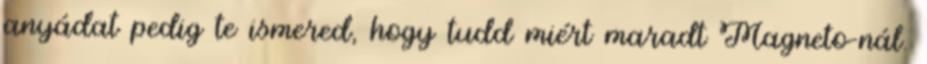
anyádat pedig te ismered, hogy tudd miért maradt Magneto-nál.